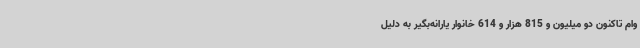
وام تاکنون دو میلیون و 815 هزار و 614 خانوار یارانه‌بگیر به دلیل